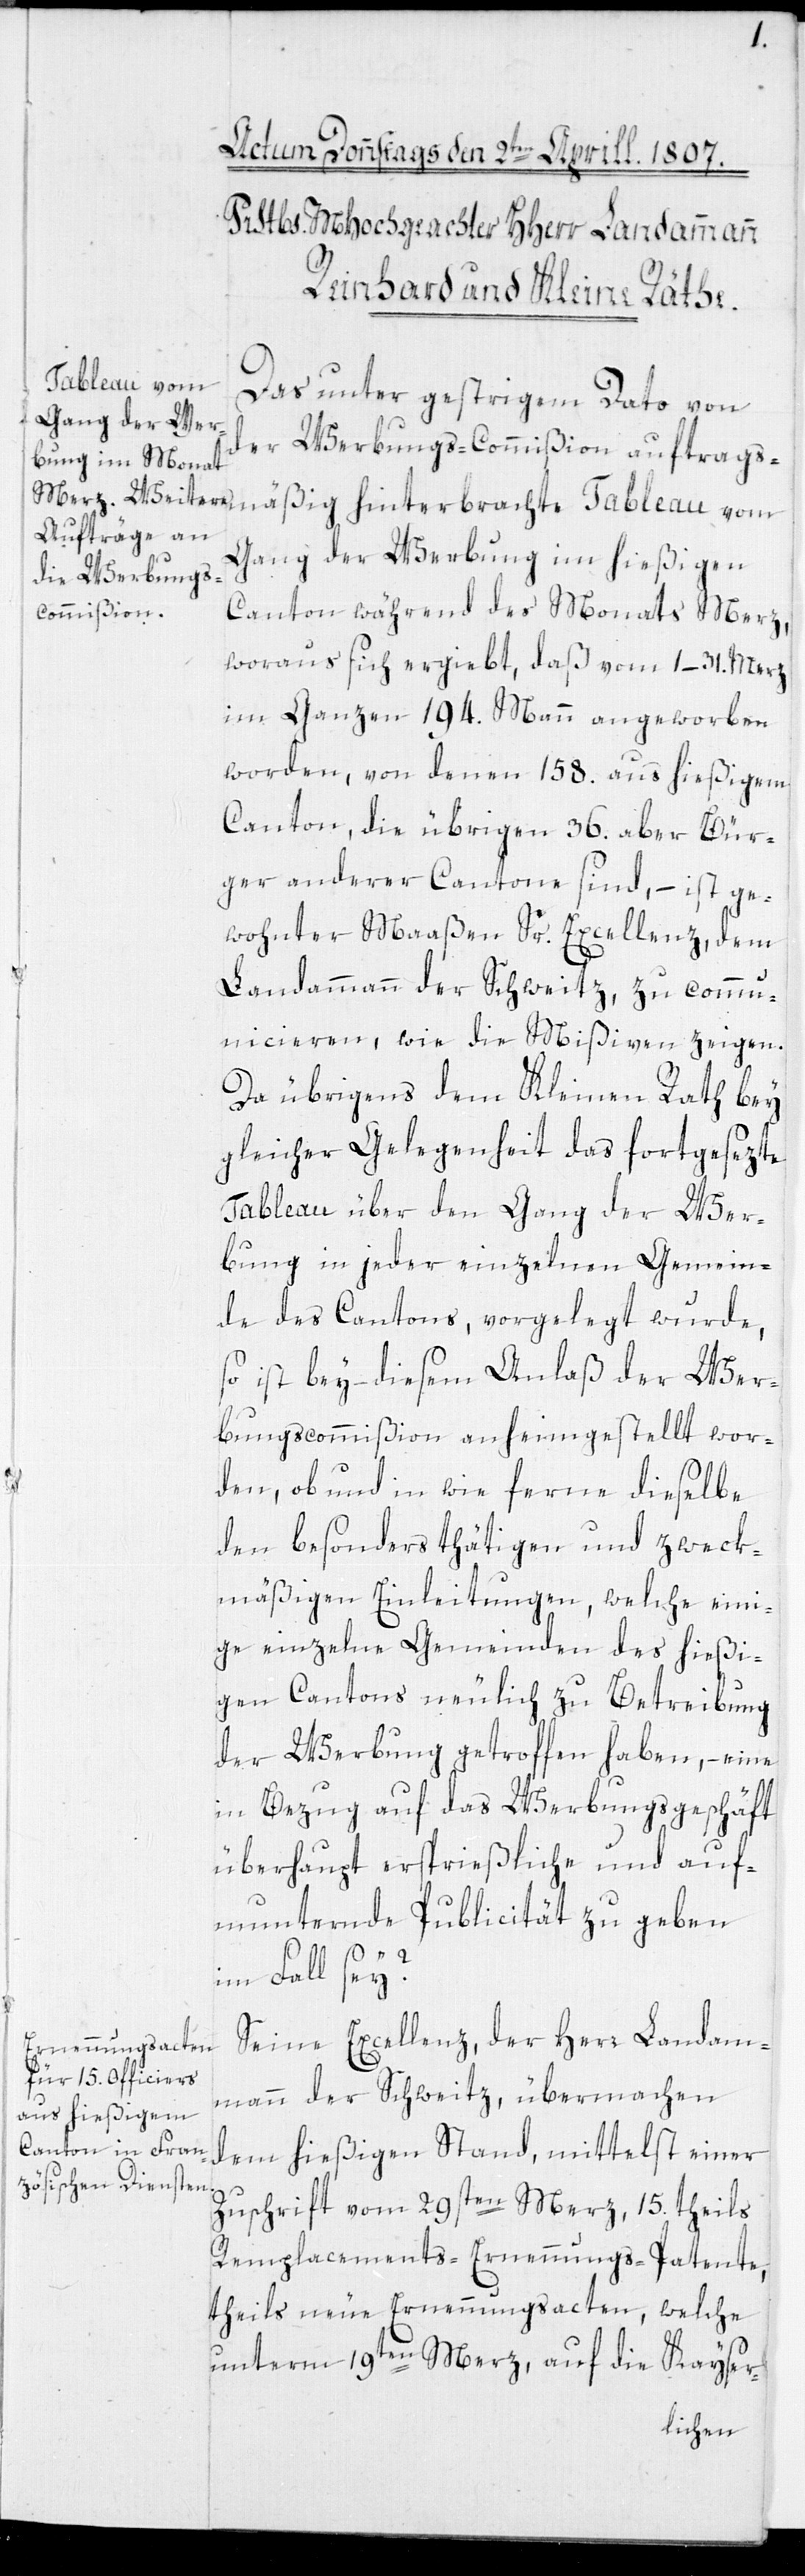
Das unter gestrigem Dato von
der Werbungs-Commißion auftrags¬
mäßig hinterbrachte Tableau vom
Gang der Werbung im hießigen
Canton während des Monats Merz,
woraus sich ergiebt, daß vom 1–31. Merz
im Ganzen 194. Mann angeworben
worden, von denen 158. aus hießigem
Canton, die übrigen 36. aber Bür¬
ger anderer Cantone sind, – ist ge¬
wohnter Maaßen Sr. Excellenz, dem
Landammann der Schweitz, zu commu¬
nicieren, wie die Mißiven zeigen.
Da übrigens dem Kleinen Rath bey
gleicher Gelegenheit das fortgesezte
Tableau über den Gang der Wer¬
bung in jeder einzelnen Gemein¬
de des Cantons, vorgelegt wurde,
so ist bey diesem Anlaß der Wer¬
bungscommißion anheimgestellt wor¬
den, ob und in wie ferne dieselbe
den besonders thätigen und zweck¬
mäßigen Einleitungen, welche eini¬
ge einzelne Gemeinden des hießi¬
gen Cantons neulich zu Betreibung
der Werbung getroffen haben, – eine
in Bezug auf das Werbungsgeschäft
überhaupt ersprießliche und auf¬
munternde Publicität zu geben
im Fall sey?
Seine Excellenz, der Herr Landam¬
mann der Schweitz, übermachen
dem hießigen Stand, mittelst einer
Zuschrift vom 29sten Merz, 15. theils
Remplacements-Ernennungs-Patente,
theils neue Ernennungsacten, welche
unterm 19ten Merz, auf die Kayser-